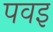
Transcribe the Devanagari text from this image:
पवइ